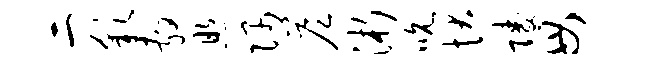
二彩敷照隅答浙吮状陵毋